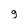
Character: g